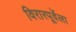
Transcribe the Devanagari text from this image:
विरारपूर्वेला